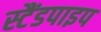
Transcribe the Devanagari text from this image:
स्टैंडपाइप